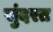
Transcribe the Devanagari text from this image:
सुंदरत